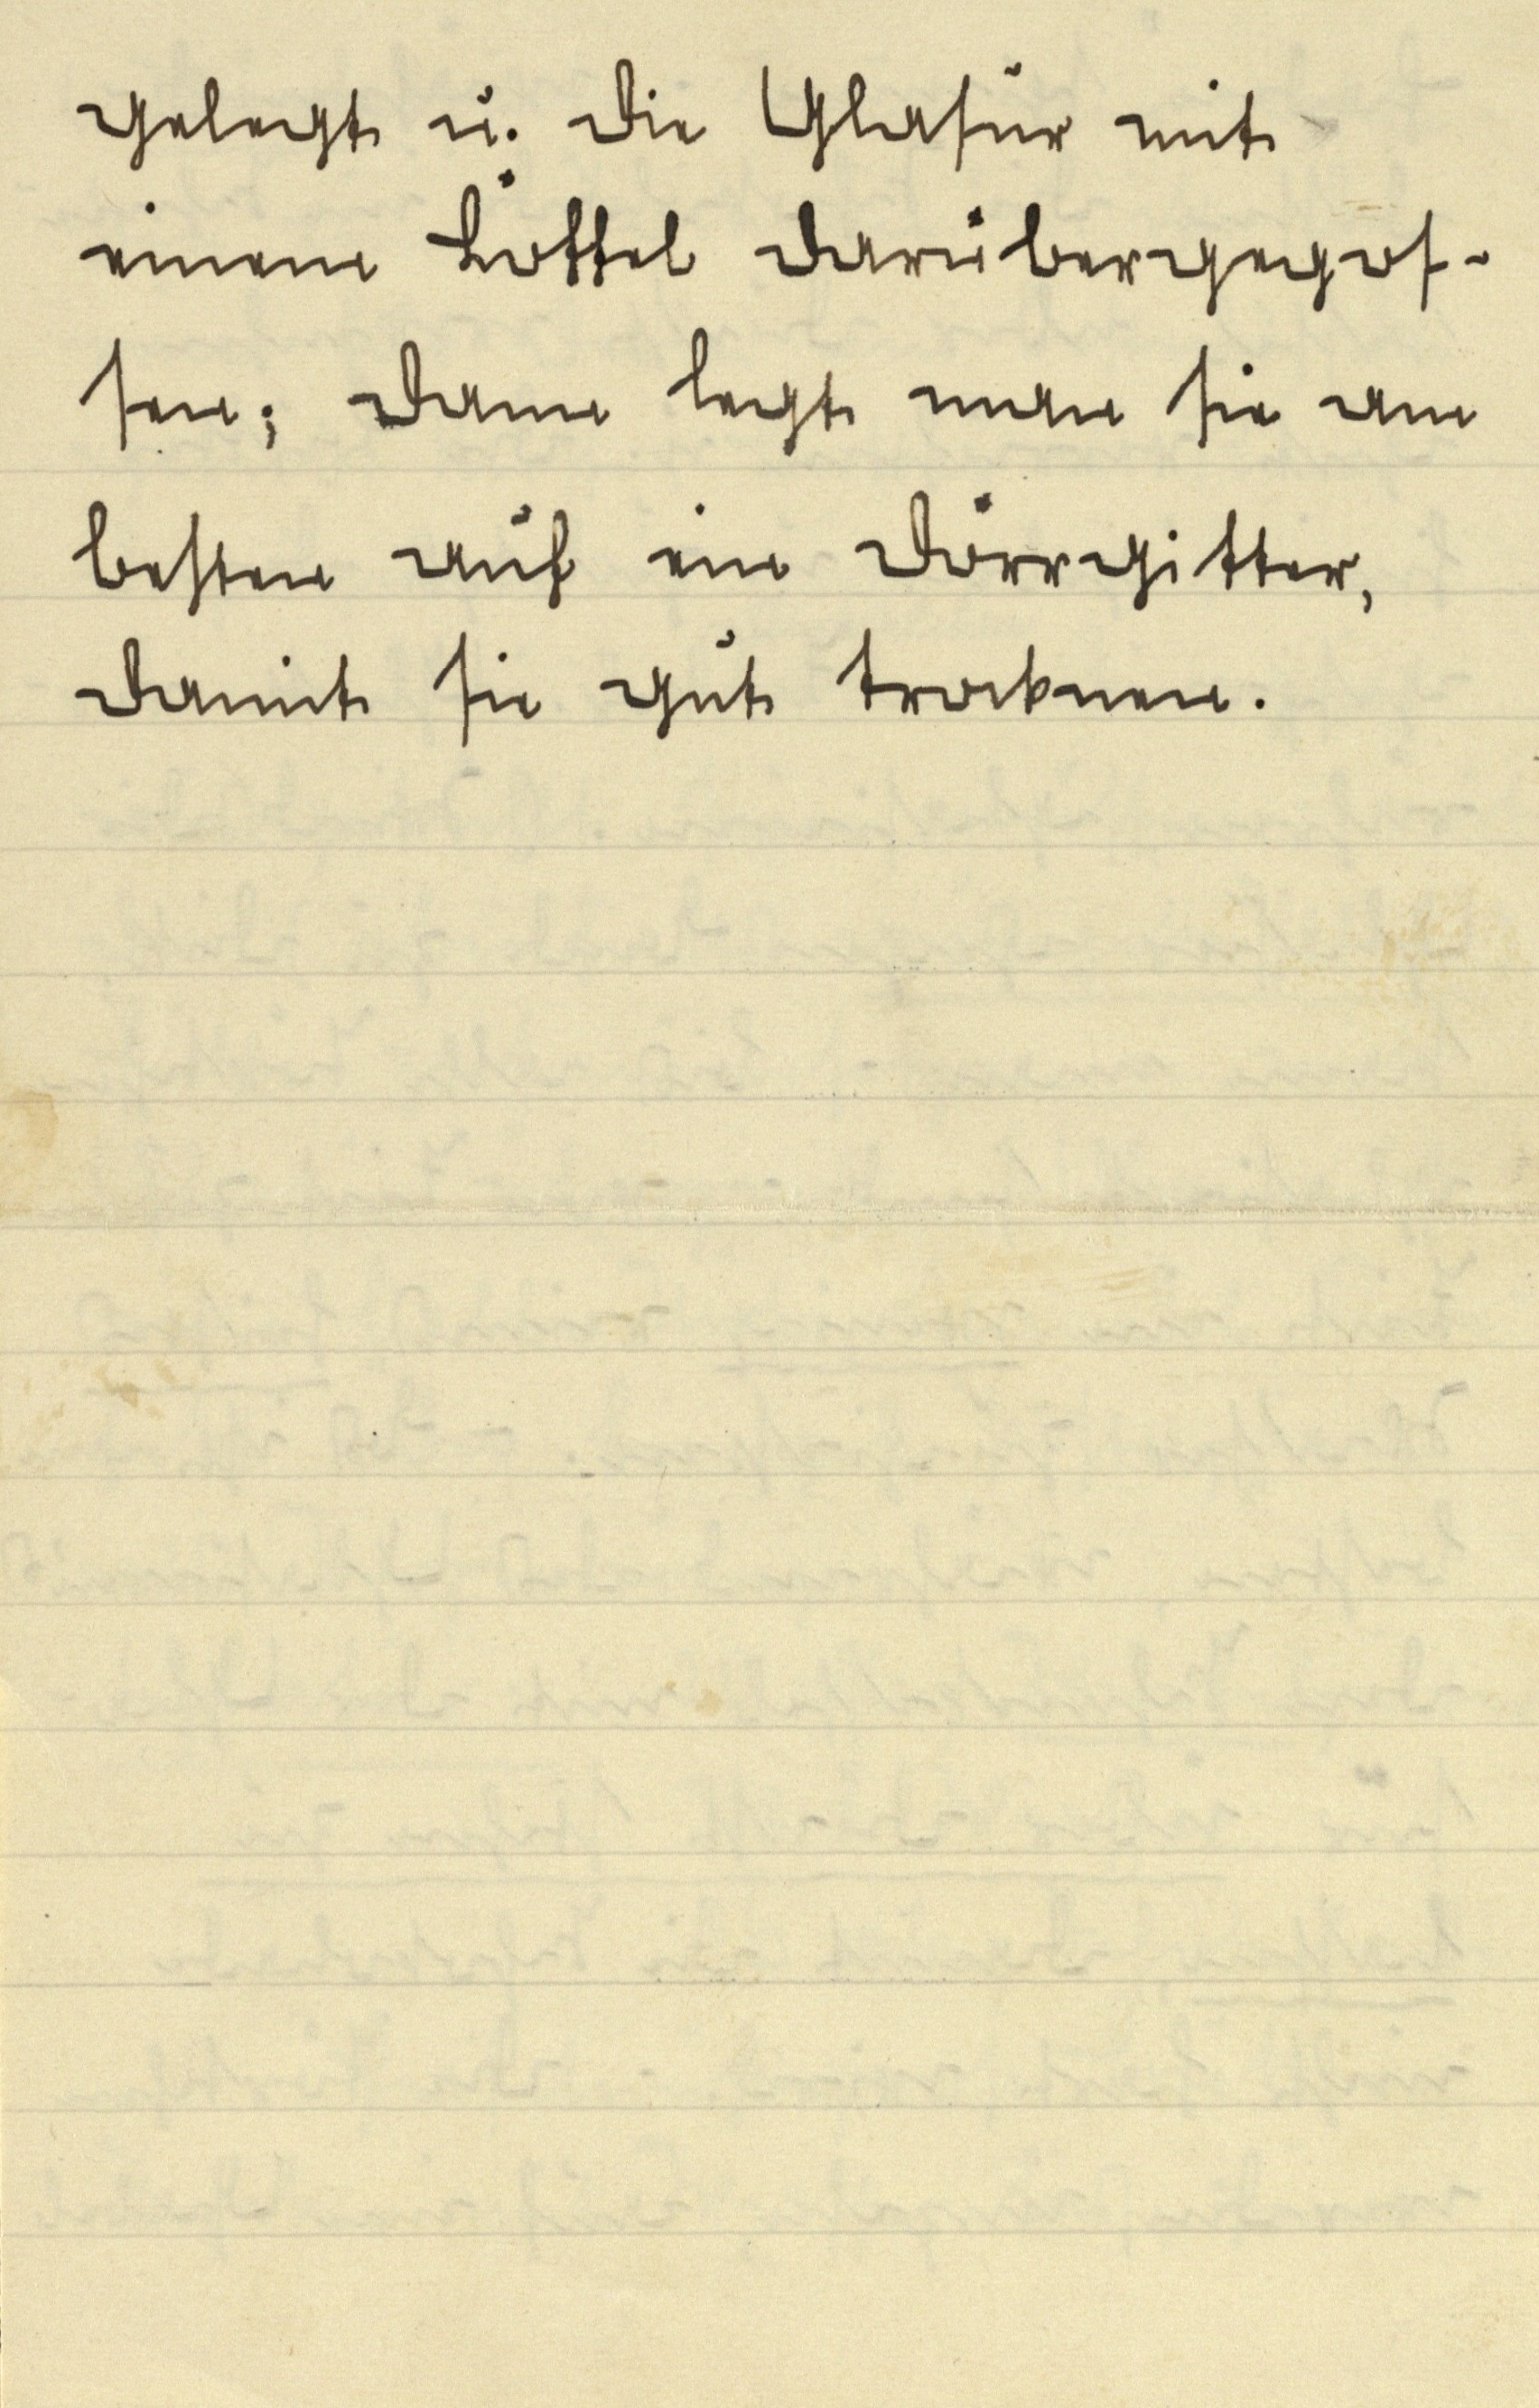
gelegt u. die Glasur mit
einem Löffel darübergegos¬
sen; dann legt man sie am
besten auf ein Dörrgitter,
damit sie gut trocknen.